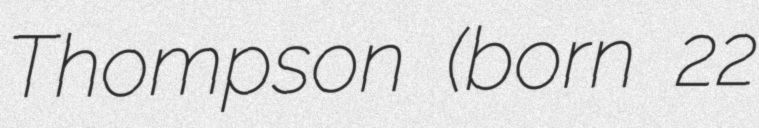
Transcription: Thompson (born 22